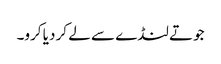
جوتے لنڈے سے لے کر دیا کرو۔